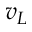
v _ { L }